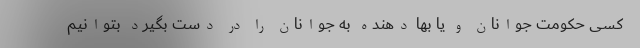
کسی حکومت جوانان و یا بها دهنده به جوانان را در دست بگیرد بتوانیم